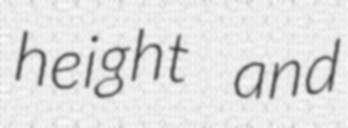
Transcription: height and